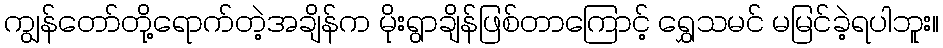
ကျွန်တော်တို့ရောက်တဲ့အချိန်က မိုးရွာချိန်ဖြစ်တာကြောင့် ရွှေသမင် မမြင်ခဲ့ရပါဘူး။